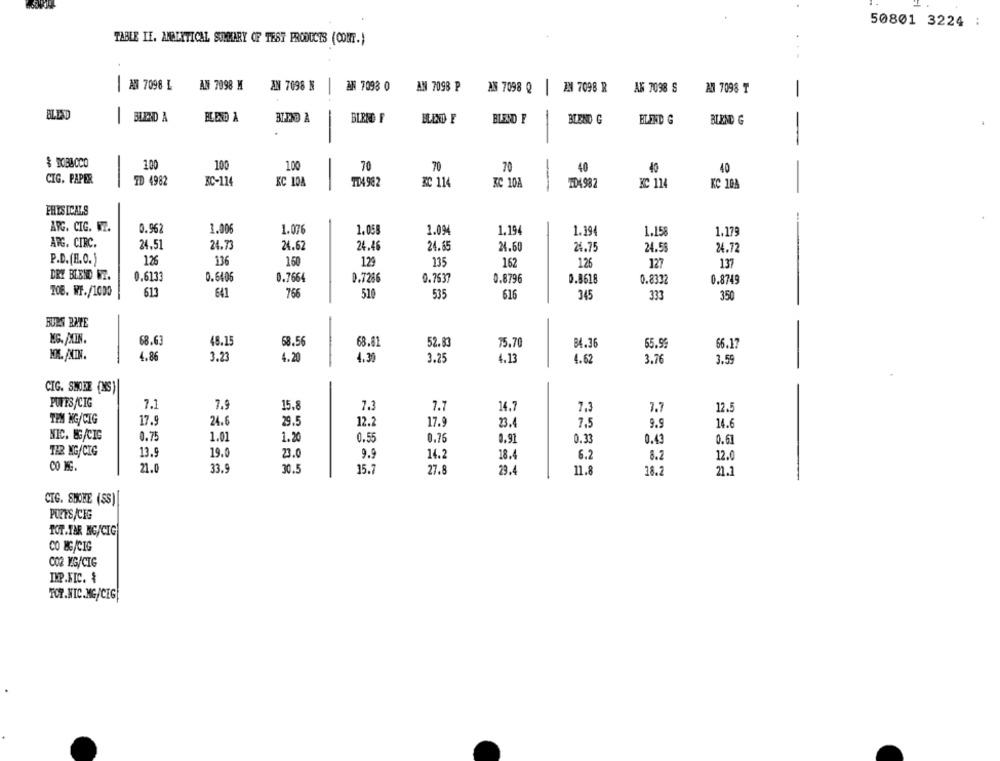
50801 3224 :
TABLE IL. ANALYTICAL SUMMARY OF TEST PRODUCTS (CONT.)
|AN 7098 L
AN 7098 M
AN 7098 N
AN 7093 0
AN 7098 P
MS 7098 Q
IN 7098 R
AF 7098 S
AN 7098 ₸
-
BLEND
-
BLEND A
BLEND À
BI-END A
-
BLRRD F
BLEND F
BLEND F
BLEND G
BLEND G
BLEND G
100
100
100
70
70
70
40
40
40
CIG. PAPER
TD 4982
BC-114
KC 10A
TD4982
BC 114
3C 10A
-
TD4982
KC 114
KC 104
PHYSICALS
ARG. CIC. W7.
0.962
1.006
1.076
1.058
1.094
1.194
1.194
1.158
1.179
ARG. CIRC.
24.51
24.7
24.62
24.46
24.65
24.60
24.75
24.55
24.72
P.D.(R.O.)
126
136
150
129
135
162
126
127
137
DRY BLEND ET.
0.6133
0.6406
0.7664
0.7286
0.7537
0.8796
0.8618
0.8332
0.8749
TOB. WT./1000
613
641
766
510
535
616
345
333
350
BURS RATE
68.63
48.15
68.56
68.41
52.83
75.70
84.36
55.99
66.17
4.86
4.20
4.30
3.23
3.25
4.13
4.62
3.76
3.59
CIG. SHORE (MS)
PUFFS/CIG
7.1
7.9
15.8
7.3
7.7
14.7
7,3
7.7
12.5
TEM NG/CIG
17.9
24.6
29.5
12.2
17.
23.
7,5
9.9
14.6
NIC. BG/CIG
0.75
1.01
1.20
0.55
0.76
0.91
0.33
0.43
0.61
THR NG/CIG
13.9
19.0
23.0
9.9
14.2
18.4
6.2
12.0
8.2
CO MG
21.0
33.9
30.5
15.7
27.8
29.4
11.8
18.2
21.2
CTG. SHORE (SS)
POETS/CIG
TOT.TAR NG/CIG
CO MG/CIG
CO2 MG/CIG
IMP.NIC. &
TOP. NIC.MG/CIG